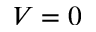
V = 0